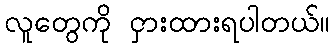
လူတွေကို ငှားထားရပါတယ်။